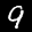
Label: 9